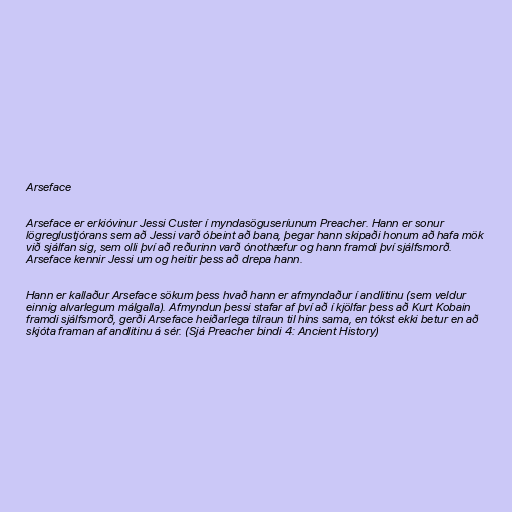
Arseface

Arseface er erkióvinur Jessi Custer í myndasöguseríunum Preacher. Hann er sonur
lögreglustjórans sem að Jessi varð óbeint að bana, þegar hann skipaði honum að hafa mök
við sjálfan sig, sem olli því að reðurinn varð ónothæfur og hann framdi því sjálfsmorð.
Arseface kennir Jessi um og heitir þess að drepa hann.

Hann er kallaður Arseface sökum þess hvað hann er afmyndaður í andlitinu (sem veldur
einnig alvarlegum málgalla). Afmyndun þessi stafar af því að í kjölfar þess að Kurt Kobain
framdi sjálfsmorð, gerði Arseface heiðarlega tilraun til hins sama, en tókst ekki betur en að
skjóta framan af andlitinu á sér. (Sjá Preacher bindi 4: Ancient History)